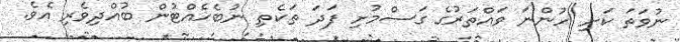
ނުވަތަ ކަށި ހުންނަ ވައްތަރުގެ ގަސްމުށި ފަދަ ތަކެތި ނުބެހެއްޓުން ބުއްދިވެރި އެވެ.